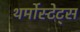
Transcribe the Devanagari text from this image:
थर्मोस्टेट्स